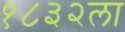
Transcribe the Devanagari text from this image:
१८३२ला